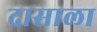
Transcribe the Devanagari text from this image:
दासाला